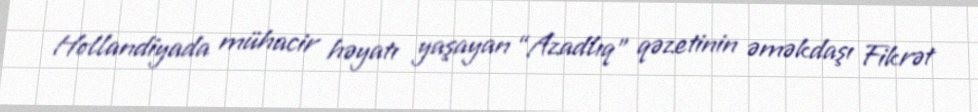
Hollandiyada mühacir həyatı yaşayan “Azadlıq” qəzetinin əməkdaşı Fikrət